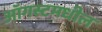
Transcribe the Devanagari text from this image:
ऑगस्टमधील